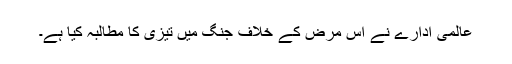
عالمی ادارے نے اس مرض کے خلاف جنگ میں تیزی کا مطالبہ کیا ہے۔